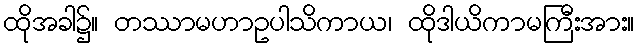
ထိုအခါ၌။ တဿာမဟာဥပါသိကာယ၊ ထိုဒါယိကာမကြီးအား။